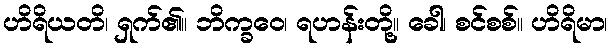
ဟိရိယတိ၊ ရှက်၏။ ဘိက္ခဝေ၊ ရဟန်းတို့။ ခေါ၊ စင်စစ်။ ဟိရိမာ၊